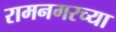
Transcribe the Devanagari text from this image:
रामनगरच्या